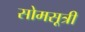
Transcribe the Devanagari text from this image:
सोमसूत्री